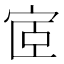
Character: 宧